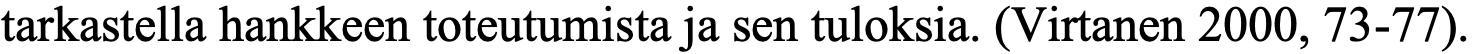
tarkastella hankkeen toteutumista ja sen tuloksia. (Virtanen 2000, 73-77).